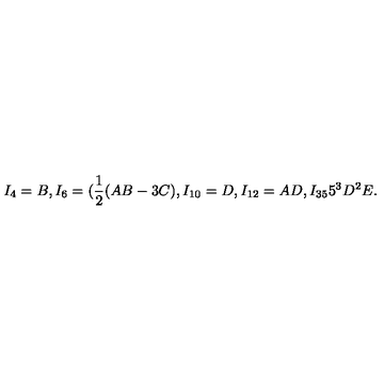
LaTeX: I _ { 4 } = B , I _ { 6 } = ( \frac { 1 } { 2 } ( A B - 3 C ) , I _ { 1 0 } = D , I _ { 1 2 } = A D , I _ { 3 5 } 5 ^ { 3 } D ^ { 2 } E .